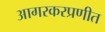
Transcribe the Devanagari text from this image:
आगरकरप्रणीत